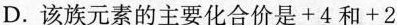
D.该族元素的主要化合价是+4和+2